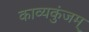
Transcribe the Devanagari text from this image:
काव्यकुंजम्